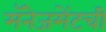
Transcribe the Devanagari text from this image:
मॅनेजमेंटची